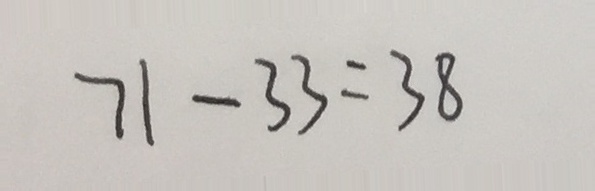
7 1 - 3 3 = 3 8